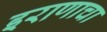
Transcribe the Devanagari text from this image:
इराणाचा